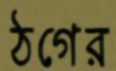
ঠগের